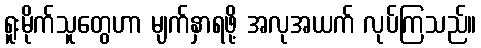
ရူးမိုက်သူတွေဟာ မျက်နှာရဖို့ အလုအယက် လုပ်ကြသည်။